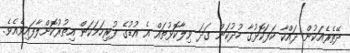
ދޭތެރެއަކުން ދައްކާ ކަފަކޮޅުގާ ހުދުކަން ގަދަ ވިލާކޮޅުތައް އެ އުޑުގެ ފުރިހަމަކަން އިތުރުކޮށްލާފައިވެއެވެ.